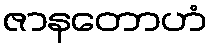
ဇာနတောဟံ